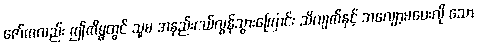
ဇော်ကလည်း ဤကိစ္စတွင် သူမ အနည်းငယ်လွန်သွားကြောင်း သိလျက်နှင့် အလျော့မပေးလို သော